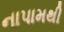
નાપામથી